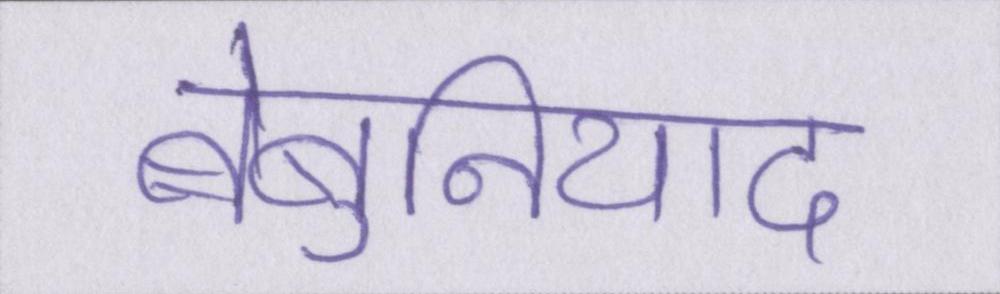
बेबुनियाद